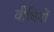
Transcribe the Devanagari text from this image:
वीधियों